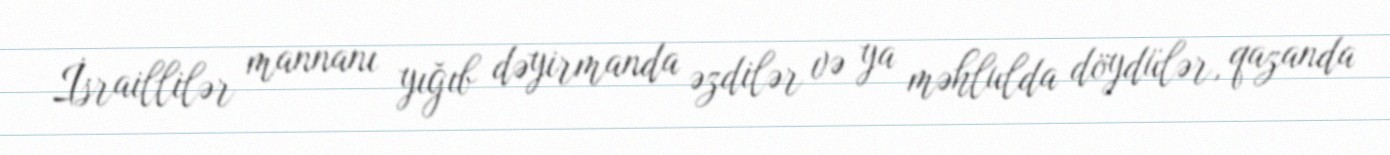
İsraillilər mannanı yığıb dəyirmanda əzdilər və ya məhlulda döydülər, qazanda